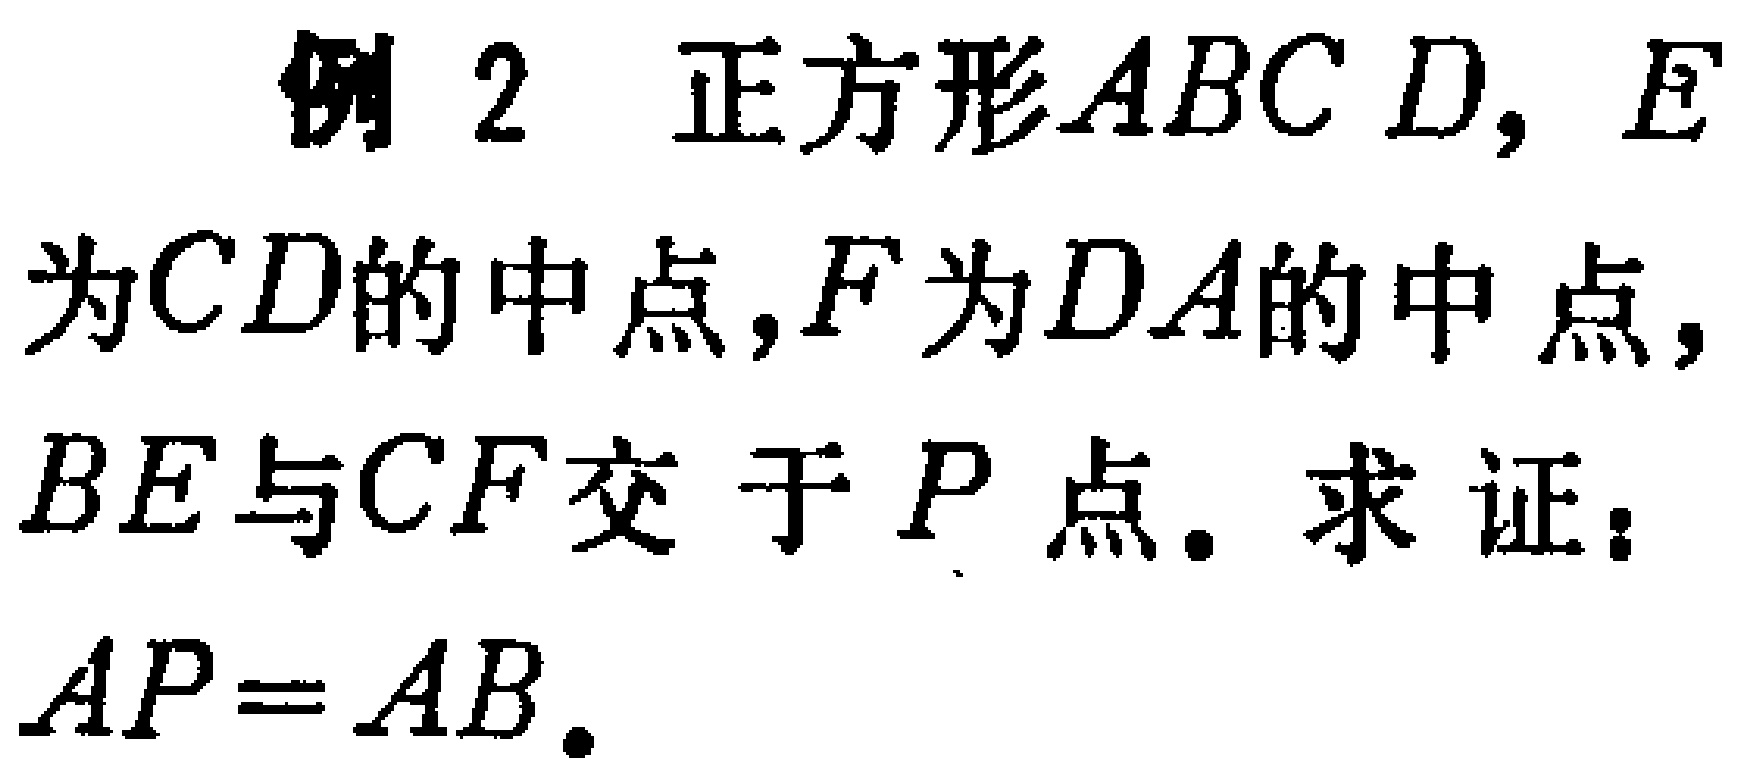
例 2 正方形\(ABCD\)，\(E\)为\(CD\)的中点，\(F\)为\(DA\)的中点，\(BE\)与\(CF\)交于\(P\)点。求证：\(AP = AB\)。